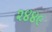
૨૪૪૯